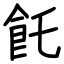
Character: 飥